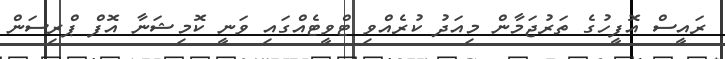
ރައީސް އޮފީހުގެ ތަރުޖަމާން މިއަދު ކުރެއްވި ޓްވީޓެއްގައި ވަނީ ކޮމިޝަނާ އޮފް ޕްރިސަން